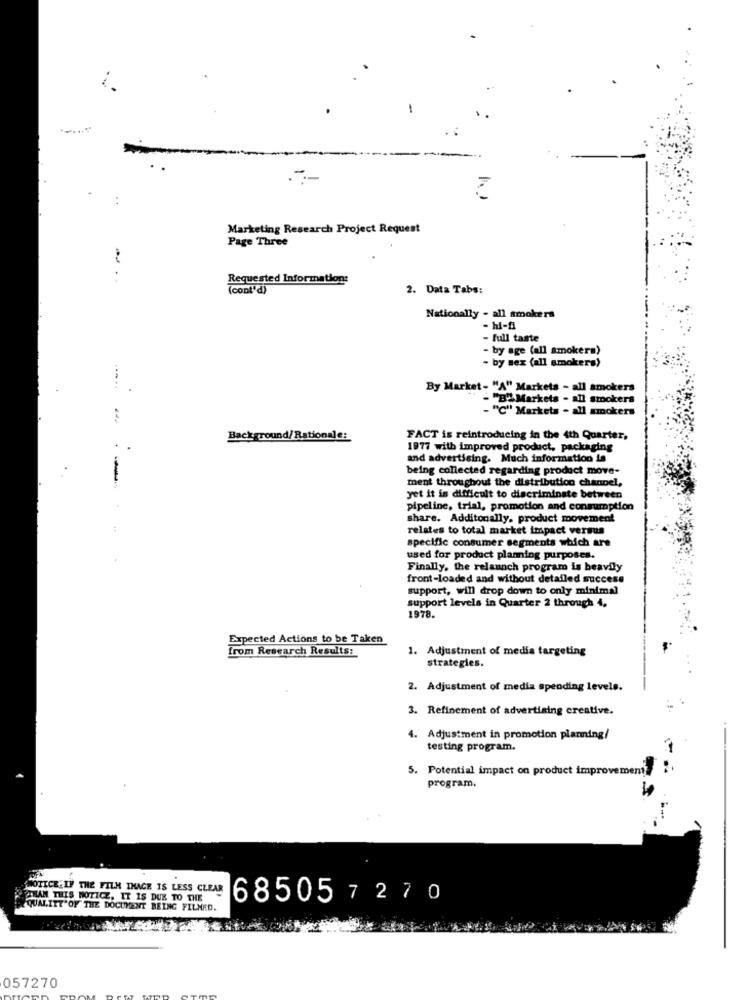
..
Marketing Research Project Request
Page Three
....
Requested Information:
(cont'd)
2. Data Tabs:
Nationally - all smokers
- hi-fi
- full taste
- by age (all smokera)
- by mex (all smokers)
By Market- "A" Markets - all smokers
- "B" Markets - all smokers
- "C" Markets - all smokers
Background/Rationale:
FACT is reintroducing in the 4th Quarter,
1977 with improved product, packaging
and advertising. Much information is
being collected regarding product move-
ment throughout the distribution channel,
yet it is difficult to discriminate between
pipeline, trial, promotion and consumption
share. Additonally, product movement
relates to total market impact versus
specific consumer segments which are
used for product planing purposes.
Finally, the relaunch program is heavily
front-loaded and without detailed success
support, will drop down to only minimal
support levels in Quarter 2 through 4,
1978.
Expected Actions to be Taken
from Research Results:
1. Adjustment of media targeting
strategies.
2. Adjustment of media spending levels.
3. Refinement of advertising creative.
. Adjustment in promotion planning/
testing program.
5. Potential impact on product improvements
program.
NOTICE:IF THE FILM IMAGE IS LESS CLEAR
PTHAN THIS NOTICE, IT IS DUE TO THE
685057 270
QUALITT'OF THE DOCUMENT BEING FILMED.
057270